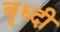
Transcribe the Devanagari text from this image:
वृध्दी